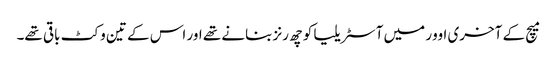
میچ کے آخری اوور میں آسٹریلیا کو چھ رنز بنانے تھے اور اس کے تین وکٹ باقی تھے۔